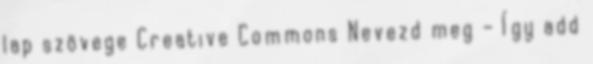
lap szövege Creative Commons Nevezd meg – Így add